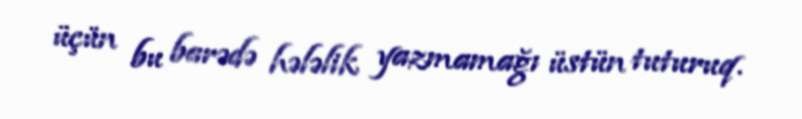
üçün bu barədə hələlik yazmamağı üstün tuturuq.